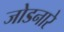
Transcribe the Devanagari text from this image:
जोडनारे